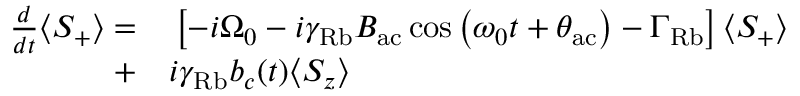
\begin{array} { r l } { \frac { d } { d t } \langle S _ { + } \rangle = } & { { } \left[ - i \Omega _ { 0 } - i \gamma _ { \mathrm { R b } } B _ { \mathrm { a c } } \cos \left( { \omega _ { 0 } t + \theta _ { \mathrm { a c } } } \right) - \Gamma _ { \mathrm { R b } } \right] \langle S _ { + } \rangle } \\ { + } & { { } i \gamma _ { \mathrm { R b } } b _ { c } ( t ) \langle S _ { z } \rangle } \end{array}